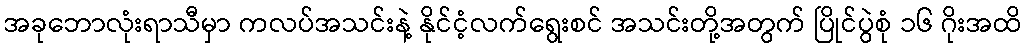
အခုဘောလုံးရာသီမှာ ကလပ်အသင်းနဲ့ နိုင်ငံ့လက်ရွေးစင် အသင်းတို့အတွက် ပြိုင်ပွဲစုံ ၁၆ ဂိုးအထိ